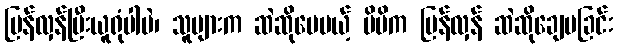
ပြန်လှန်ပြီးယူရုံပါပဲ၊ သူများက ဆဲဆိုပေမယ့် မိမိက ပြန်လှန် ဆဲဆိုချေပခြင်း